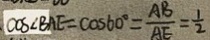
\cos \angle B A E = \cos 6 0 ^ { \circ } = \frac { A B } { A E } = \frac { 1 } { 2 }